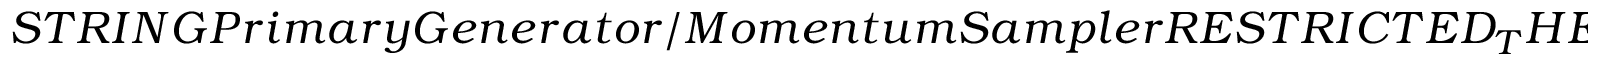
S T R I N G P r i m a r y G e n e r a t o r / M o m e n t u m S a m p l e r R E S T R I C T E D _ { T } H E T A